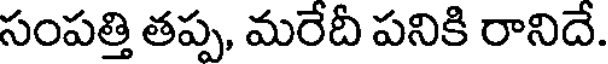
సంపత్తి తప్ప, మరేదీ పనికి రానిదే.